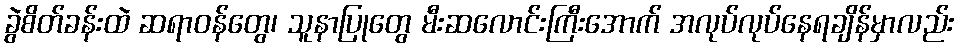
ခွဲစိတ်ခန်းထဲ ဆရာဝန်တွေ၊ သူနာပြုတွေ မီးဆလောင်းကြီးအောက် အလုပ်လုပ်နေရချိန်မှာလည်း